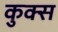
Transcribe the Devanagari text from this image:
कुक्स